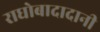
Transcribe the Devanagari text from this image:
राघोबादादानी